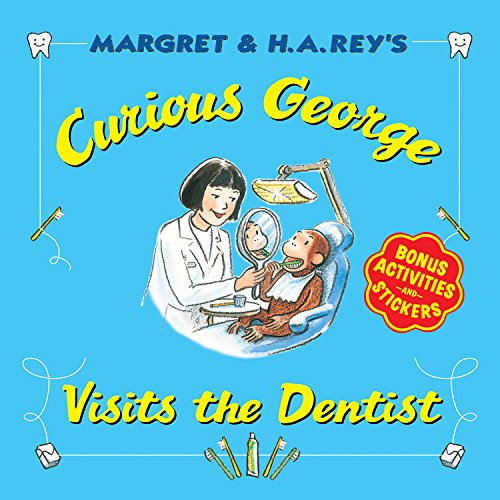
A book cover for Curious George Visits the Dentist; H. A. Rey; Children's Books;